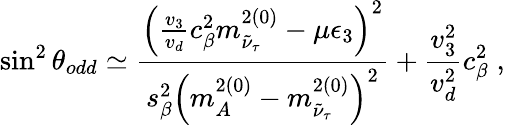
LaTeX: \sin^{2}{\theta_{odd}}\simeq{\frac{\left({\frac{v_{3}}{v_{d}}}c_{\beta}^{2}m_{\tilde{\nu}_{\tau}}^{2(0)}-\mu\epsilon_{3}\right)^{2}}{s_{\beta}^{2}\left(m_{A}^{2(0)}-m_{\tilde{\nu}_{\tau}}^{2(0)}\right)^{2}}}+\frac{v_{3}^{2}}{v_{d}^{2}}c_{\beta}^{2}\; ,